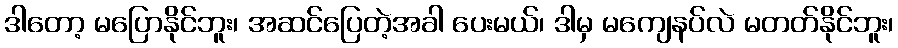
ဒါတော့ မပြောနိုင်ဘူး၊ အဆင်ပြေတဲ့အခါ ပေးမယ်၊ ဒါမှ မကျေနပ်လဲ မတတ်နိုင်ဘူး၊